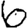
Digit: 6